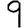
Digit: 9